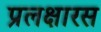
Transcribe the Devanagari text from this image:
प्रलक्षारस